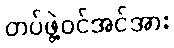
တပ်ဖွဲ့ဝင်အင်အား